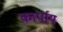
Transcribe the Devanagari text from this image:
कार्पाय